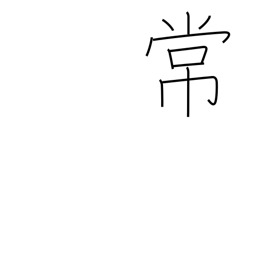
Meaning: regular